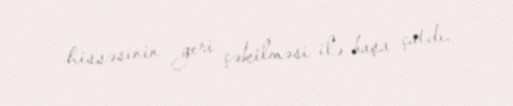
hissəsinin geri çəkilməsi ilə başa çatdı.